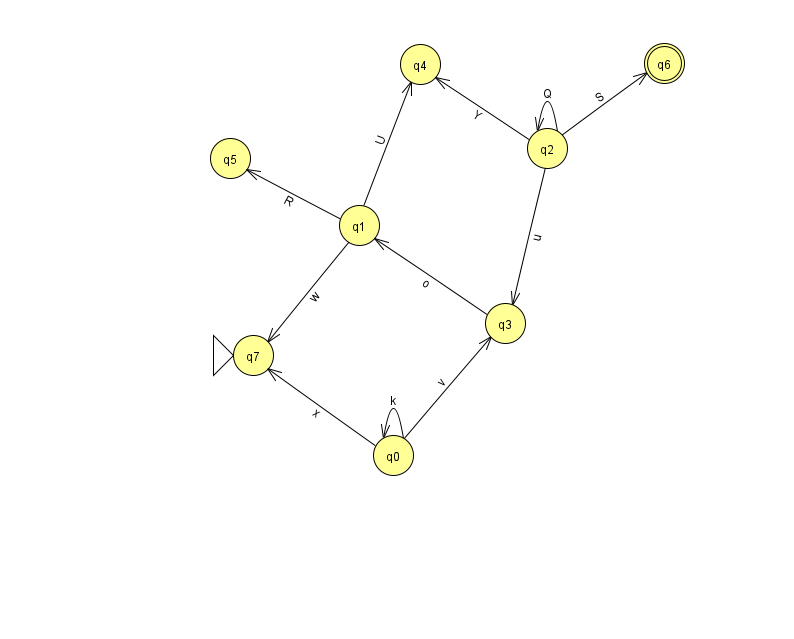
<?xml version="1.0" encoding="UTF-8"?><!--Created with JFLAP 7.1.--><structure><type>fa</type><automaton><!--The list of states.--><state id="0" name="q0"><x>393.0</x><y>442.0</y></state><state id="1" name="q1"><x>359.0</x><y>212.0</y></state><state id="2" name="q2"><x>547.0</x><y>135.0</y></state><state id="3" name="q3"><x>505.0</x><y>310.0</y></state><state id="4" name="q4"><x>420.0</x><y>51.0</y></state><state id="5" name="q5"><x>230.0</x><y>145.0</y></state><state id="6" name="q6"><x>664.0</x><y>50.0</y><final/></state><state id="7" name="q7"><x>253.0</x><y>342.0</y><initial/></state><!--The list of transitions.--><transition><from>2</from><to>4</to><read>Y</read></transition><transition><from>1</from><to>5</to><read>R</read></transition><transition><from>2</from><to>2</to><read>Q</read></transition><transition><from>0</from><to>7</to><read>x</read></transition><transition><from>1</from><to>7</to><read>w</read></transition><transition><from>1</from><to>4</to><read>U</read></transition><transition><from>2</from><to>6</to><read>S</read></transition><transition><from>0</from><to>0</to><read>k</read></transition><transition><from>2</from><to>3</to><read>u</read></transition><transition><from>3</from><to>1</to><read>o</read></transition><transition><from>0</from><to>3</to><read>v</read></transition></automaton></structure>